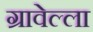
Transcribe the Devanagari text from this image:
ग्रावेल्ला